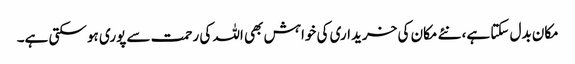
مکان بدل سکتا ہے، نئے مکان کی خریداری کی خواہش بھی اللہ کی رحمت سے پوری ہو سکتی ہے۔